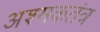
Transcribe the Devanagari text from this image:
अश्मकतंत्र